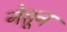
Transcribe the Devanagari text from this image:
नेप्तून